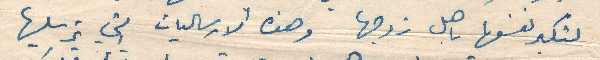
لتكبر نفسها باهل زوجها وهذه الارساليات التي ترسليها